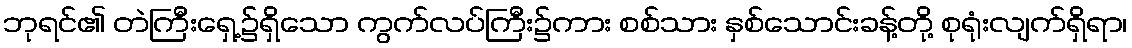
ဘုရင်၏ တဲကြီးရှေ့၌ရှိသော ကွက်လပ်ကြီး၌ကား စစ်သား နှစ်သောင်းခန့်တို့ စုရုံးလျက်ရှိရာ၊